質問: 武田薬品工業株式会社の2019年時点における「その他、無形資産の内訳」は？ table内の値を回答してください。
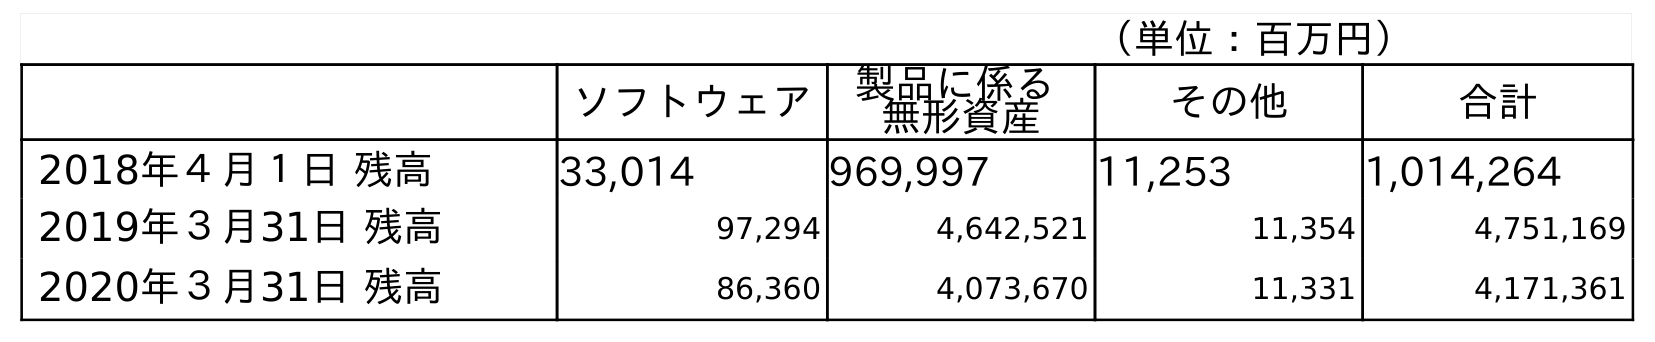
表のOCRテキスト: （単位：百万円） ソフトウェア 製品に係る 無形資産 その他 合計 2018年４月１日 残高 33,014 969,997 11,253 1,014,264 2019年３月31日 残高 97,294 4,642,521 11,354 4,751,169 2020年３月31日 残高 86,360 4,073,670 11,331 4,171,361
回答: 11,354